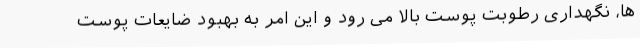
ها، نگهداری رطوبت پوست بالا می رود و این امر به بهبود ضایعات پوست